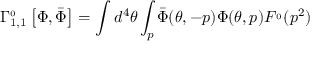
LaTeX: \Gamma _ { 1 , 1 } ^ { \L \L _ { 0 } } \left[ \Phi , \bar { \Phi } \right] = \int d ^ { 4 } \theta \int _ { p } \bar { \Phi } ( \theta , - p ) \Phi ( \theta , p ) F ^ { \L \L _ { 0 } } ( p ^ { 2 } )